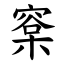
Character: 㮤